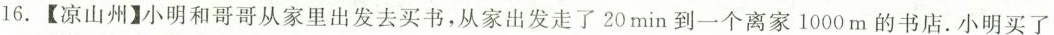
16.【凉山州】小明和哥哥从家里出发去买书，从家出发走了20min到一个离家1000m的书店。小明买了